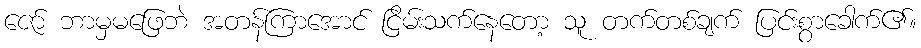
ဇော် ဘာမှမဖြေဘဲ အတန်ကြာအောင် ငြိမ်းသက်နေတော့ သူ တက်တစ်ချက် ပြင်းစွာခေါက်၏။